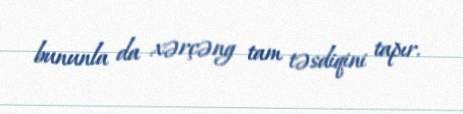
bununla da xərçəng tam təsdiqini tapır.